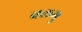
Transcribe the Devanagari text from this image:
बलगु